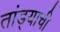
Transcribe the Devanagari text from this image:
तांड्याची